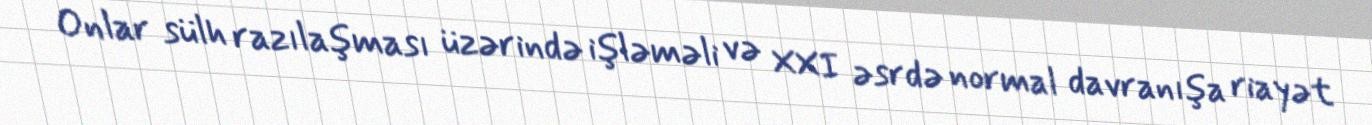
Onlar sülh razılaşması üzərində işləməli və XXI əsrdə normal davranışa riayət